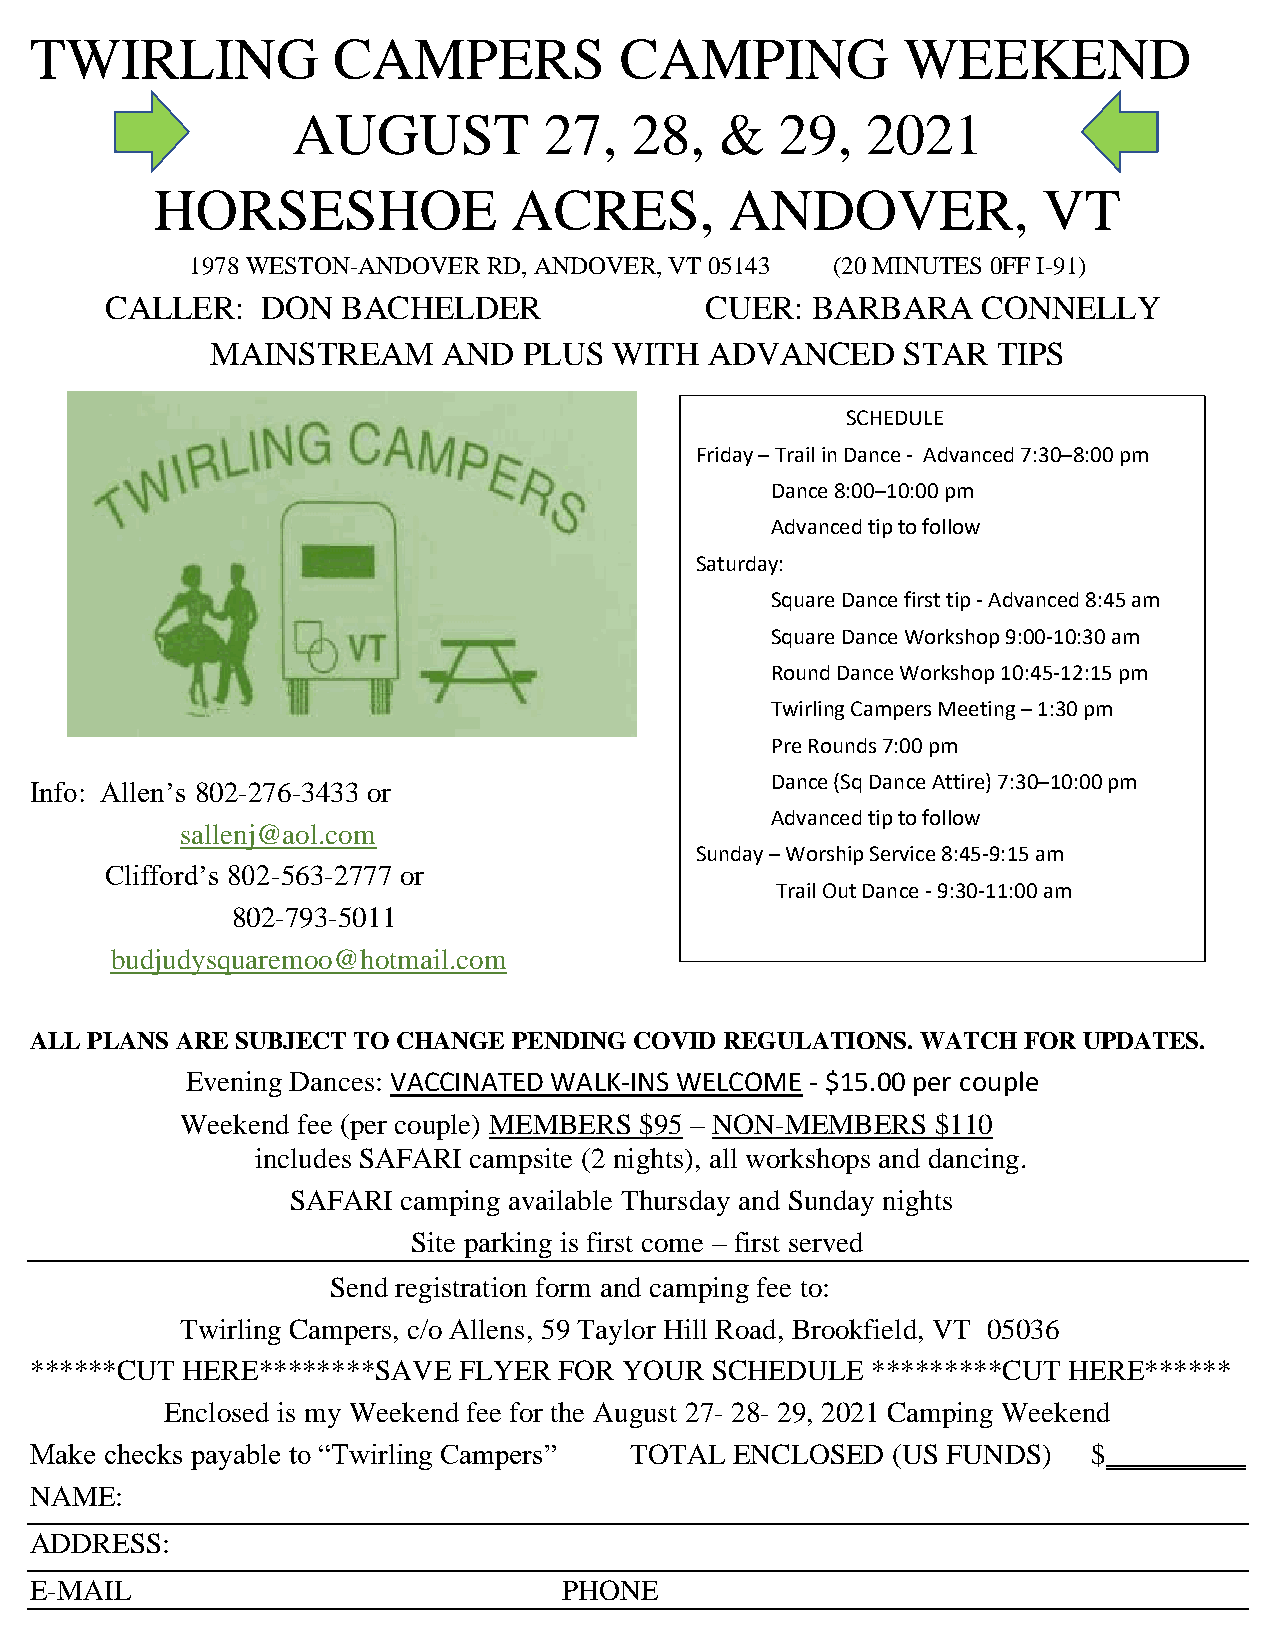
TWIRLING            CAMPERS            CAMPING            WEEKEND
 AUGUST           27,   28,   &   29,  2021
 HORSESHOE               ACRES,        ANDOVER,             VT
 1978 WESTON-ANDOVER RD, ANDOVER, VT 05143 (20 MINUTES 0FF I-91)
 CALLER:   DON   BACHELDER               CUER:  BARBARA    CONNELLY
 MAINSTREAM     AND   PLUS  WITH  ADVANCED     STAR  TIPS
 SCHEDULE
 Friday – Trail in Dance - Advanced 7:30–8:00 pm
 Dance 8:00–10:00 pm
 Advanced tip to follow
 Saturday:
 Square Dance first tip - Advanced 8:45 am
 Square Dance Workshop 9:00-10:30 am
 Round Dance Workshop 10:45-12:15 pm
 Twirling Campers Meeting – 1:30 pm
 Pre Rounds 7:00 pm
 Dance (Sq Dance Attire) 7:30–10:00 pm
 Info: Allen’s 802-276-3433 or
 Advanced tip to follow
 sallenj@aol.com
 Sunday – Worship Service 8:45-9:15 am
 Clifford’s 802-563-2777 or
 Trail Out Dance - 9:30-11:00 am
 802-793-5011
 budjudysquaremoo@hotmail.com
 ALL PLANS ARE SUBJECT TO CHANGE PENDING COVI D REG ULATIONS. WATCH FOR UPDATES.
 Evening Dances: VACCINATED WALK-INS W ELCOME - $15.00 per couple
 Weekend fee (per couple) MEMBERS $95 – NON-MEMBERS $110
 includes SAFARI campsite (2 nights), all workshops and dancing.
 SAFARI  camping available Thursday and Sunday nights
 Site parking is first come – first served
 Send registration form and camping fee to:
 Twirling Campers, c/o Allens, 59 Taylor Hill Road, Brookfield, VT 05036
 ******CUT HERE********SAVE  FLYER  FOR YOUR  SCHEDULE   *********CUT HERE******
 Enclosed is my Weekend fee for the August 27- 28- 29, 2021 Camping Weekend
 Make checks payable to “Twirling Campers” TOTAL ENCLOSED (US FUNDS)   $
 NAME:
 ADDRESS:
 E-MAIL                             PHONE